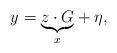
LaTeX: \begin{align*}y = \underset{x}{\underbrace{z \cdot G}} + \eta,\end{align*}